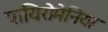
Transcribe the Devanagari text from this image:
पायिरोमेनिया